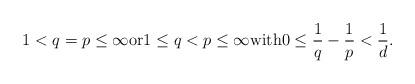
LaTeX: \begin{align*}1< q = p \leq \infty {\rm or} 1\leq q<p\leq \infty {\rm with} 0\leq \frac1q-\frac1p<\frac1d.\end{align*}